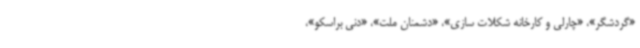
«گردشگر»، «چارلی و کارخانه شکلات سازی»، «دشمنان ملت»، «دنی‌ براسکو»،